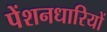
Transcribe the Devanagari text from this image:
पेंशनधारियों